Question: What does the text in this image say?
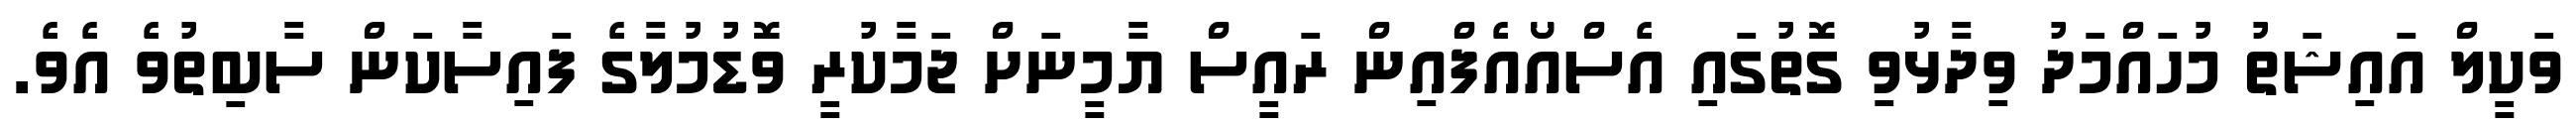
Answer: ވަކީލް އައިޝަތު މުހައްމަދު ވިދާޅުވި ގޮތުގައި އެސްއޯއެފްއިން ރައީސް ޔާމީނަށް ޖަމާކުރީ ވޮޑުމުލާގެ ފައިސާކަން ސާބިތުވެ އެވެ.